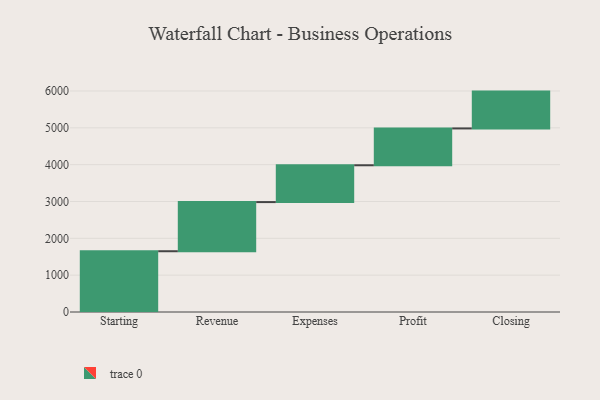
{"axis": {"x": "Step", "y": "Value"}, "legend": [""], "data": [{"x": "Starting", "y": 1650.0, "type": ""}, {"x": "Revenue", "y": 1334.0, "type": ""}, {"x": "Expenses", "y": 1000, "type": ""}, {"x": "Profit", "y": 1000, "type": ""}, {"x": "Closing", "y": 1000, "type": ""}]}